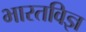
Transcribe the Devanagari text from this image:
भारतविज्ञ